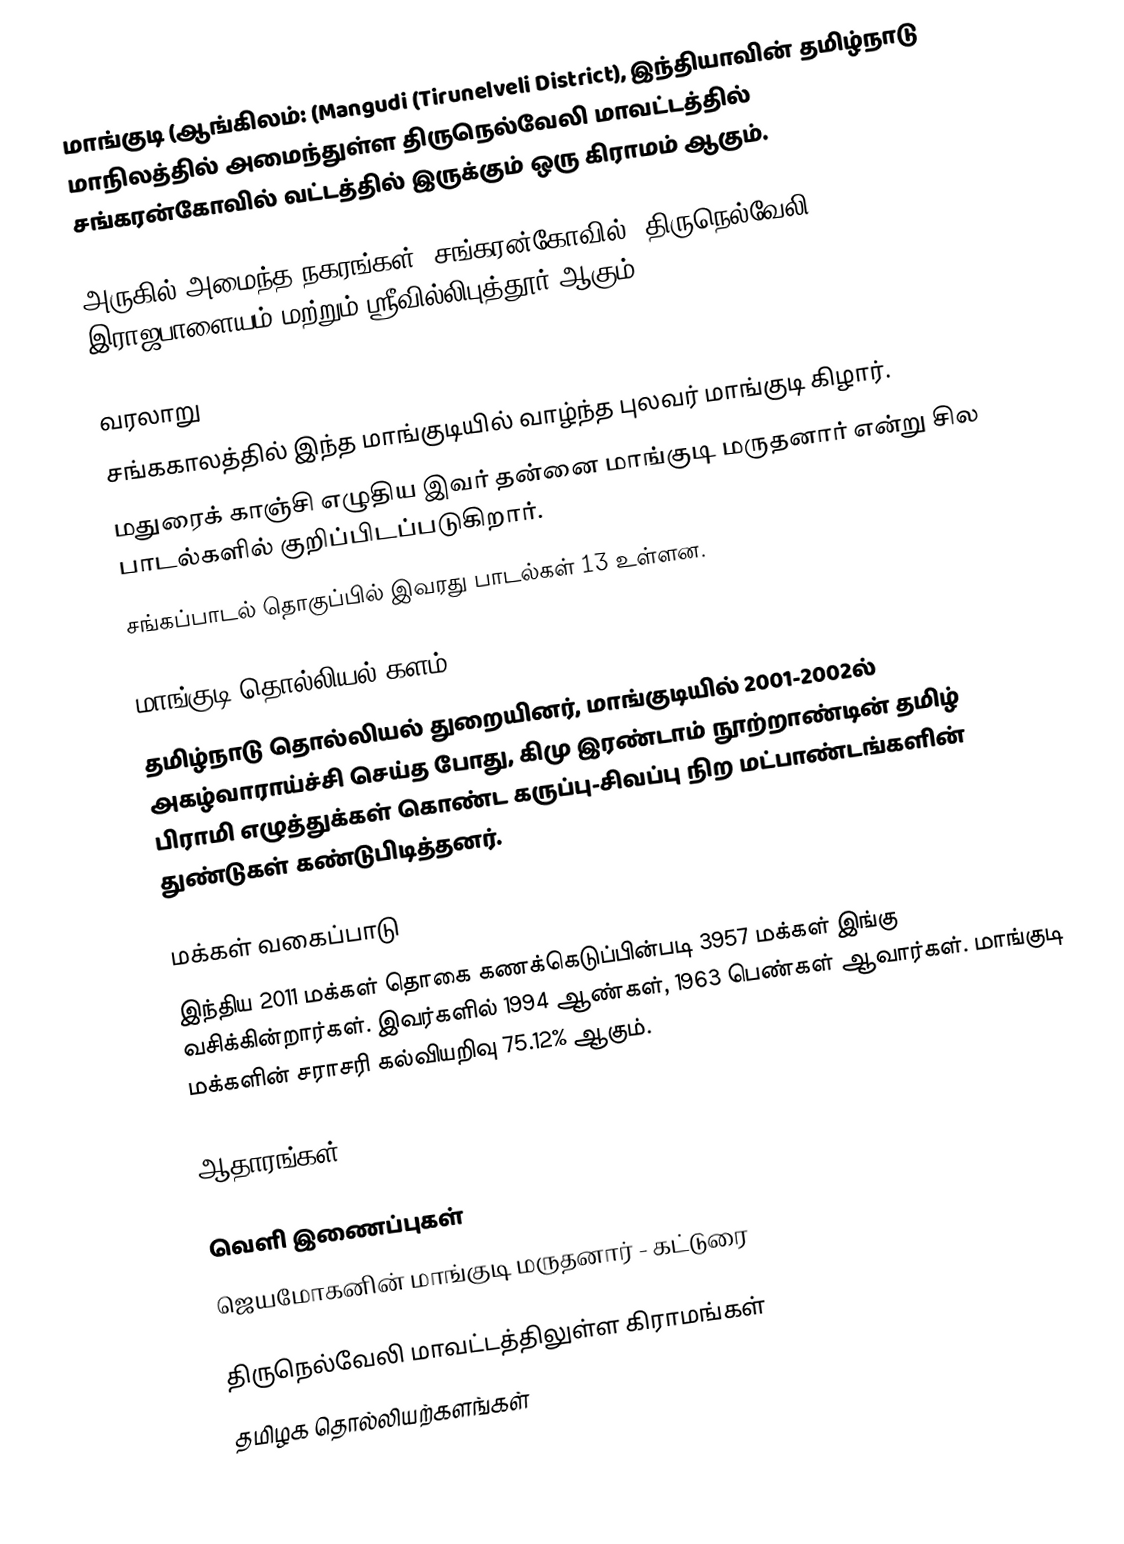
மாங்குடி  (ஆங்கிலம்: (Mangudi (Tirunelveli District), இந்தியாவின் தமிழ்நாடு மாநிலத்தில் அமைந்துள்ள திருநெல்வேலி மாவட்டத்தில்  சங்கரன்கோவில் வட்டத்தில் இருக்கும் ஒரு கிராமம் ஆகும்.

அருகில் அமைந்த நகரங்கள்: சங்கரன்கோவில், திருநெல்வேலி, இராஜபாளையம் மற்றும் ஸ்ரீவில்லிபுத்தூர் ஆகும்.

வரலாறு
 சங்ககாலத்தில் இந்த மாங்குடியில் வாழ்ந்த புலவர் மாங்குடி கிழார்.
 மதுரைக் காஞ்சி எழுதிய இவர் தன்னை மாங்குடி மருதனார் என்று சில பாடல்களில் குறிப்பிடப்படுகிறார்.
 சங்கப்பாடல் தொகுப்பில் இவரது பாடல்கள் 13 உள்ளன.

மாங்குடி தொல்லியல் களம்
தமிழ்நாடு தொல்லியல் துறையினர், மாங்குடியில் 2001-2002ல்  அகழ்வாராய்ச்சி செய்த போது, கிமு இரண்டாம் நூற்றாண்டின் தமிழ் பிராமி எழுத்துக்கள் கொண்ட கருப்பு-சிவப்பு நிற மட்பாண்டங்களின் துண்டுகள் கண்டுபிடித்தனர்.

மக்கள் வகைப்பாடு
இந்திய 2011 மக்கள் தொகை கணக்கெடுப்பின்படி 3957 மக்கள் இங்கு வசிக்கின்றார்கள். இவர்களில் 1994 ஆண்கள், 1963 பெண்கள் ஆவார்கள். மாங்குடி மக்களின் சராசரி கல்வியறிவு 75.12% ஆகும்.

ஆதாரங்கள்

வெளி இணைப்புகள்
 ஜெயமோகனின் மாங்குடி மருதனார் - கட்டுரை

திருநெல்வேலி மாவட்டத்திலுள்ள கிராமங்கள்
தமிழக தொல்லியற்களங்கள்